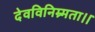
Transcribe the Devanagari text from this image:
देवविनिम्र्मता।।